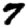
Digit: 7